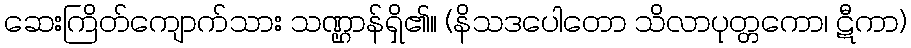
ဆေးကြိတ်ကျောက်သား သဏ္ဌာန်ရှိ၏။ (နိသဒပေါတော သိလာပုတ္တကော၊ ဋီကာ)